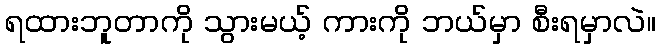
ရထားဘူတာကို သွားမယ့် ကားကို ဘယ်မှာ စီးရမှာလဲ။